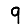
Digit: 9